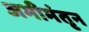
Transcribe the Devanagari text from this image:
अभीमंतृन